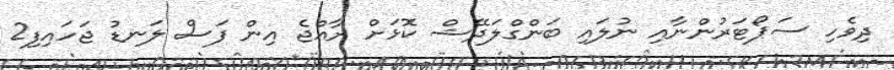
ދިވެހި ސަޕޯޓަރުންނާއި ނުލައި ބަންގްލަދޭޝް ކޮޅަށް ރާއްޖެ އިން ފަސް ލަނޑު ޖަހައިފި2